Vaccination in Bombay 1924-1928 - 1924-1928
Year: 1924
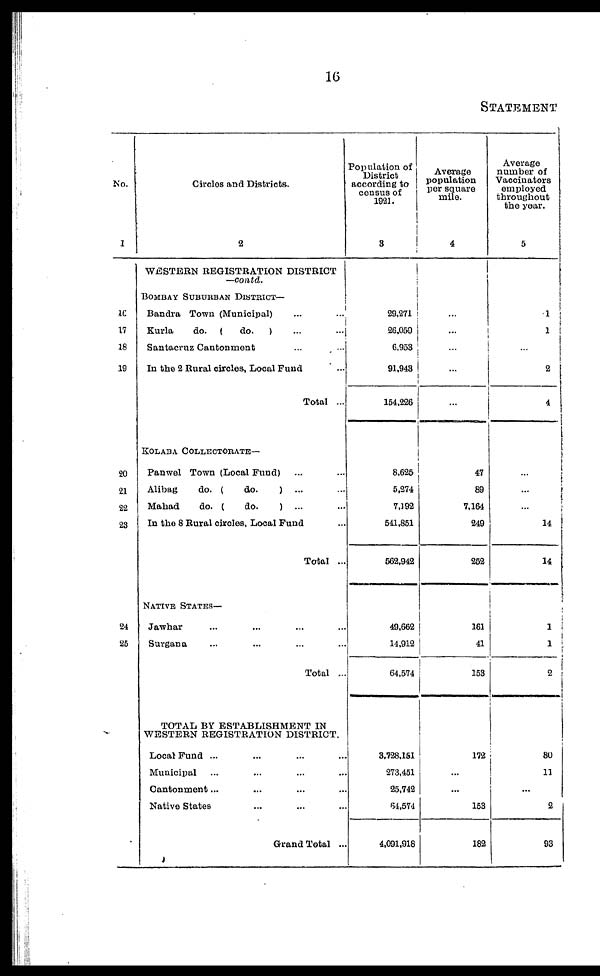
16
STATEMENT
No.
1
16
17
18
19
20
21
22
23
24
25
Circles and Districts.
2
WESTERN REGISTRATION DISTRICT
—contd.
BOMBAY SUBURBAN DISTRICT—
Bandra Town (Municipal) ... ...
Kurla
do. (
do.
) ... ...
Santacruz Cantonment ... ...
In the 2 Rural circles, Local Fund ...
Total ...
KOLABA COLLECTORATE—
Panwel Town (Local Fund) ... ...
Alibag
do. (
do.
) ... ...
Mahad
do. (
do.
) ... ...
In the 8 Rural circles, Local Fund ...
Total ...
NATIVE STATES—
Jawhar ... ... ...
Surgana ... ... ...
Total ...
TOTAL BY ESTABLISHMENT IN
WESTERN REGISTRATION DISTRICT.
Local Fund ...
Municipal ... ...
Cantonment ... ...
Native States ... ...
Grand Total ...
Population of
District
according to
census of
1921.
3
29,271
26,059
6,953
91,943
154,226
8,625
5,274
7,192
541,851
562,942
49,662
14,912
64,574
3,728,151
273,451
25,742
64,574
4,091,918
Average
population
per square
mile.
4
...
...
...
...
...
47
89
7,164
249
252
161
41
153
172
...
...
153
182
Average
number of
Vaccinators
employed
throughout
the year.
5
1
1
...
2
4
...
...
...
14
14
1
1
2
80
11
...
2
93